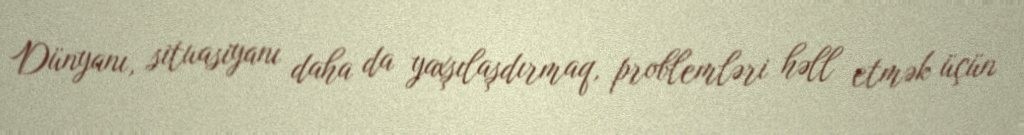
Dünyanı, situasiyanı daha da yaxşılaşdırmaq, problemləri həll etmək üçün